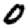
Digit: 0